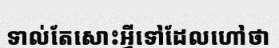
ទាល់តែសោះអ្វីទៅដែលហៅថា